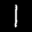
Label: 1